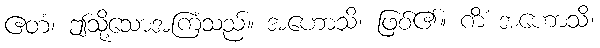
ဧတံ၊ ဤသို့သောအကြံသည်။ အဟောသိ၊ ဖြစ်၏။ ကိံ အဟောသိ၊